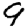
Digit: 9